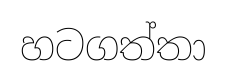
හටගත්තා